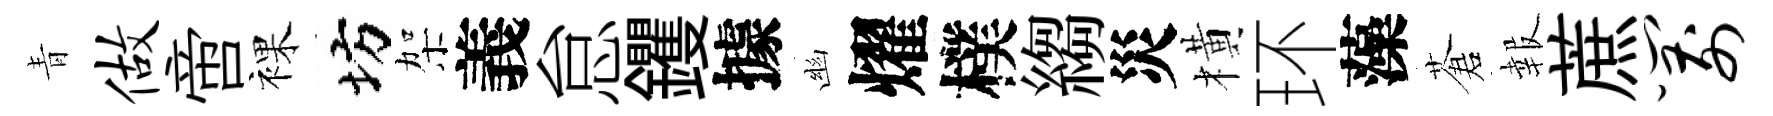
青做啻裸坊架義怠钁據幽燿樸縐災橫环藻蒼報蔗箭